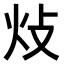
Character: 𤆝